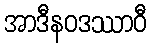
အာဒီနဝဒဿာဝီ